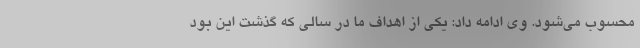
محسوب می‌شود. وی ادامه داد: یکی از اهداف ما در سالی که گذشت این بود